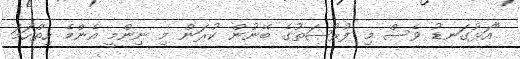
"އަޅުގަނޑު ވެސް މި ފުރުޞަތުގެ ބޭނުން ކުރަން މި ނިންމީ އެންމެ ހިތްހަމަ